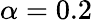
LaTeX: \alpha=0.2